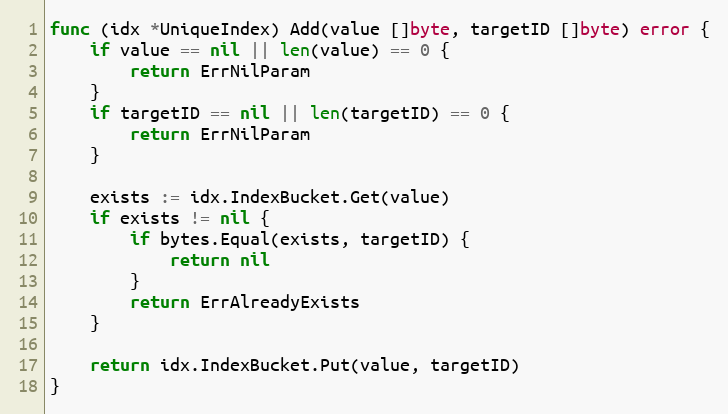
Language: Go
func (idx *UniqueIndex) Add(value []byte, targetID []byte) error {
	if value == nil || len(value) == 0 {
		return ErrNilParam
	}
	if targetID == nil || len(targetID) == 0 {
		return ErrNilParam
	}

	exists := idx.IndexBucket.Get(value)
	if exists != nil {
		if bytes.Equal(exists, targetID) {
			return nil
		}
		return ErrAlreadyExists
	}

	return idx.IndexBucket.Put(value, targetID)
}